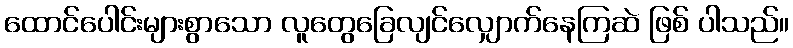
ထောင်ပေါင်းများစွာသော လူတွေခြေလျင်လျှောက်နေကြဆဲ ဖြစ် ပါသည်။